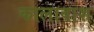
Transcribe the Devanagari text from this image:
कालाबाश